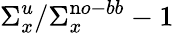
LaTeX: \Sigma_{x}^{u}/\Sigma_{x}^{\mathrm no-bb}-1